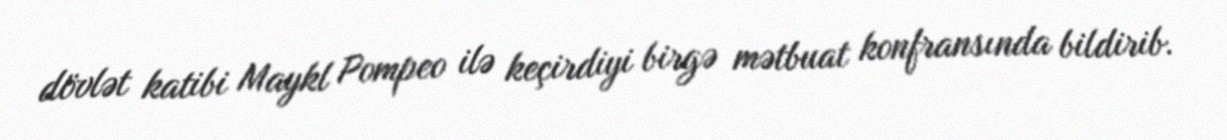
dövlət katibi Maykl Pompeo ilə keçirdiyi birgə mətbuat konfransında bildirib.